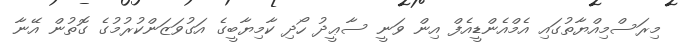
މިރަސްމިއްޔާތުގައި އެމްއެންޑީއެފް އިން ވަނީ ސާޢީދު ހޯދި ކާމިޔާބީގެ އަގުވަޒަންކުރުމުގެ ގޮތުން އޭނާ